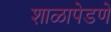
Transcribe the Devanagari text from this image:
शाळापेडणे